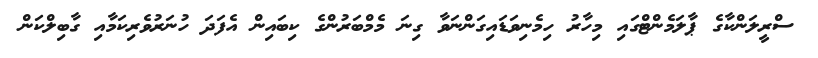
ސްރީލަންކާގެ ޕާލަމެންޓްގައި މިހާރު ހިމެނިވަޑައިގަންނަވާ ގިނަ މެމްބަރުންގެ ކިބައިން އެފަދަ ހުނަރުވެރިކަމާއި ގާބިލްކަން